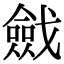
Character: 𢨔